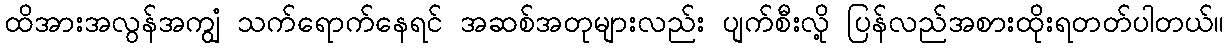
ထိအားအလွန်အကျွံ သက်ရောက်နေရင် အဆစ်အတုများလည်း ပျက်စီးလို့ ပြန်လည်အစားထိုးရတတ်ပါတယ်။